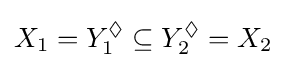
X_{1}=Y_{1}^{\Diamond }\subseteq Y_{2}^{\Diamond }=X_{2}